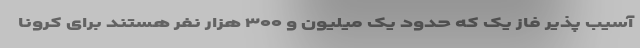
آسیب پذیر فاز یک که حدود یک میلیون و ۳۰۰ هزار نفر هستند برای کرونا